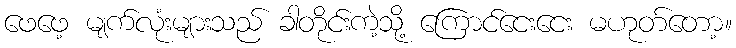
ဖေဖေ့ မျက်လုံးများသည် ခါတိုင်းကဲ့သို့ ကြောင်ငေးငေး မဟုတ်တော့။